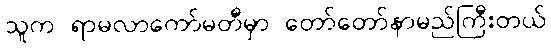
သူက ရာမလာကော်မတီမှာ တော်တော်နာမည်ကြီးတယ်